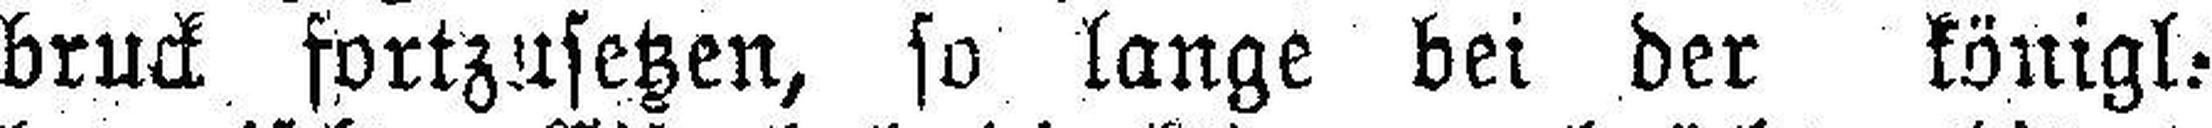
bruck fortzusetzen, so lange bei der königl.-